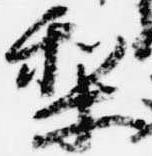
梨